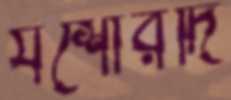
যশোরদি